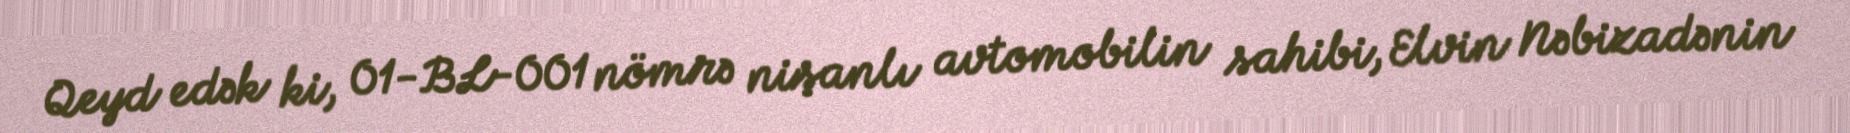
Qeyd edək ki, 01-BL-001 nömrə nişanlı avtomobilin sahibi, Elvin Nəbizadənin